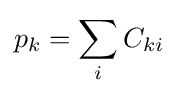
p_{k}=\sum _{i}C_{ki}